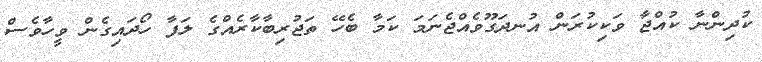
ކުދިންނާ ކުއްޖާ ވަކިކުރަން އުނދަގޫވެއްޖެނަމަ ކަމާ ބެހޭ ތަޖުރިބާކާރެއްގެ ލަފާ ހޯދައިގެން ވީހާވެސް